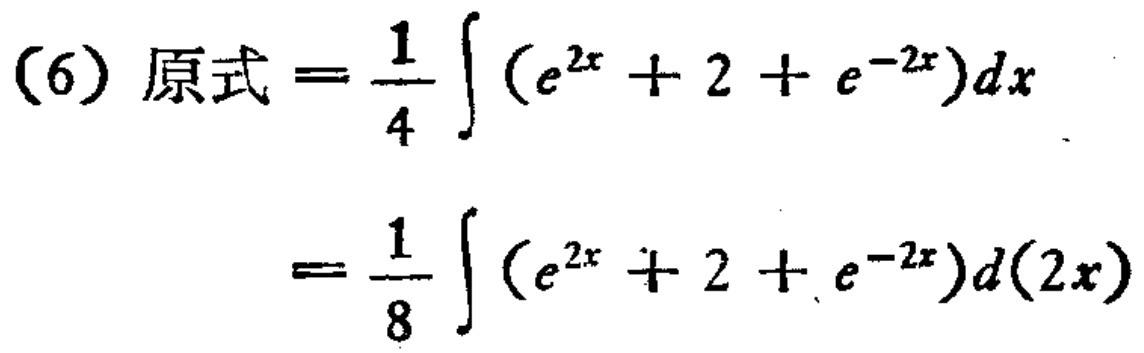
\[
\begin{align*}
(6)\ 原式&=\frac{1}{4}\int (e^{2x}+2 + e^{-2x})dx\\
&=\frac{1}{8}\int (e^{2x}+2 + e^{-2x})d(2x)
\end{align*}
\]